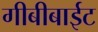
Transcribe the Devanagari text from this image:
गीबीबाईट